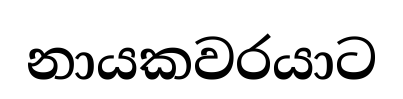
නායකවරයාට